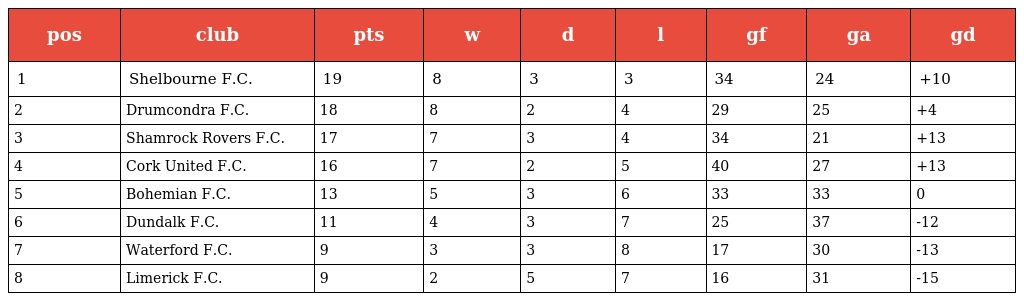
| pos | club | pts | w | d | l | gf | ga | gd |
 | --- | --- | --- | --- | --- | --- | --- | --- | --- |
 | 1 | Shelbourne F.C. | 19 | 8 | 3 | 3 | 34 | 24 | +10 |
 | 2 | Drumcondra F.C. | 18 | 8 | 2 | 4 | 29 | 25 | +4 |
 | 3 | Shamrock Rovers F.C. | 17 | 7 | 3 | 4 | 34 | 21 | +13 |
 | 4 | Cork United F.C. | 16 | 7 | 2 | 5 | 40 | 27 | +13 |
 | 5 | Bohemian F.C. | 13 | 5 | 3 | 6 | 33 | 33 | 0 |
 | 6 | Dundalk F.C. | 11 | 4 | 3 | 7 | 25 | 37 | -12 |
 | 7 | Waterford F.C. | 9 | 3 | 3 | 8 | 17 | 30 | -13 |
 | 8 | Limerick F.C. | 9 | 2 | 5 | 7 | 16 | 31 | -15 |